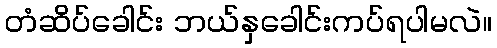
တံဆိပ်ခေါင်း ဘယ်နှခေါင်းကပ်ရပါမလဲ။